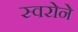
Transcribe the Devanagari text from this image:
स्वरोने